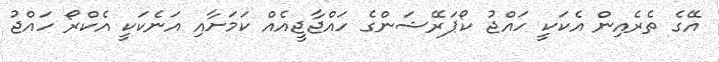
އޭގެ ތެރެއިން އެކަކީ ހައްޖު ކޯޕަރޭޝަންގެ ހައްޖާޖީއެއް ކަމަށާއި އަނެކަކީ އެކްރޯ ހައްޖު